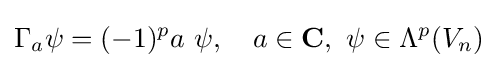
\Gamma _{a}\psi =(-1)^{p}a\ \psi ,\quad a\in \mathbf {C} ,\ \psi \in \Lambda ^{p}(V_{n})